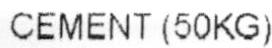
CEMENT (50KG)